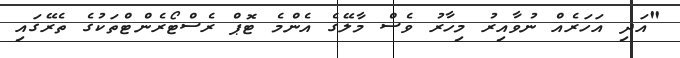
"އަދި އަހަރެއް ނުވާއިރު މިހާރު ވެސް މާލޭގެ އެންމެ ޓޮޕް ރެސްޓޯރެންޓްތަކުގެ ތެރޭގައި